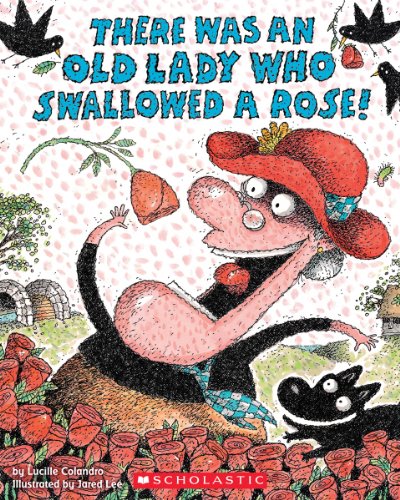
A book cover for There Was an Old Lady Who Swallowed a Rose!; Lucille Colandro; Children's Books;